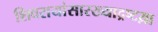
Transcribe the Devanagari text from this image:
शिवरायांसारख्याद्रष्टय़ा